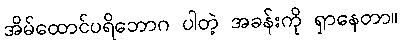
အိမ်ထောင်ပရိဘောဂ ပါတဲ့ အခန်းကို ရှာနေတာ။